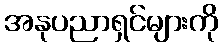
အနုပညာရှင်များကို